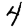
Digit: 4